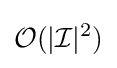
{\mathcal {O}}(|{\mathcal {I}}|^{2})